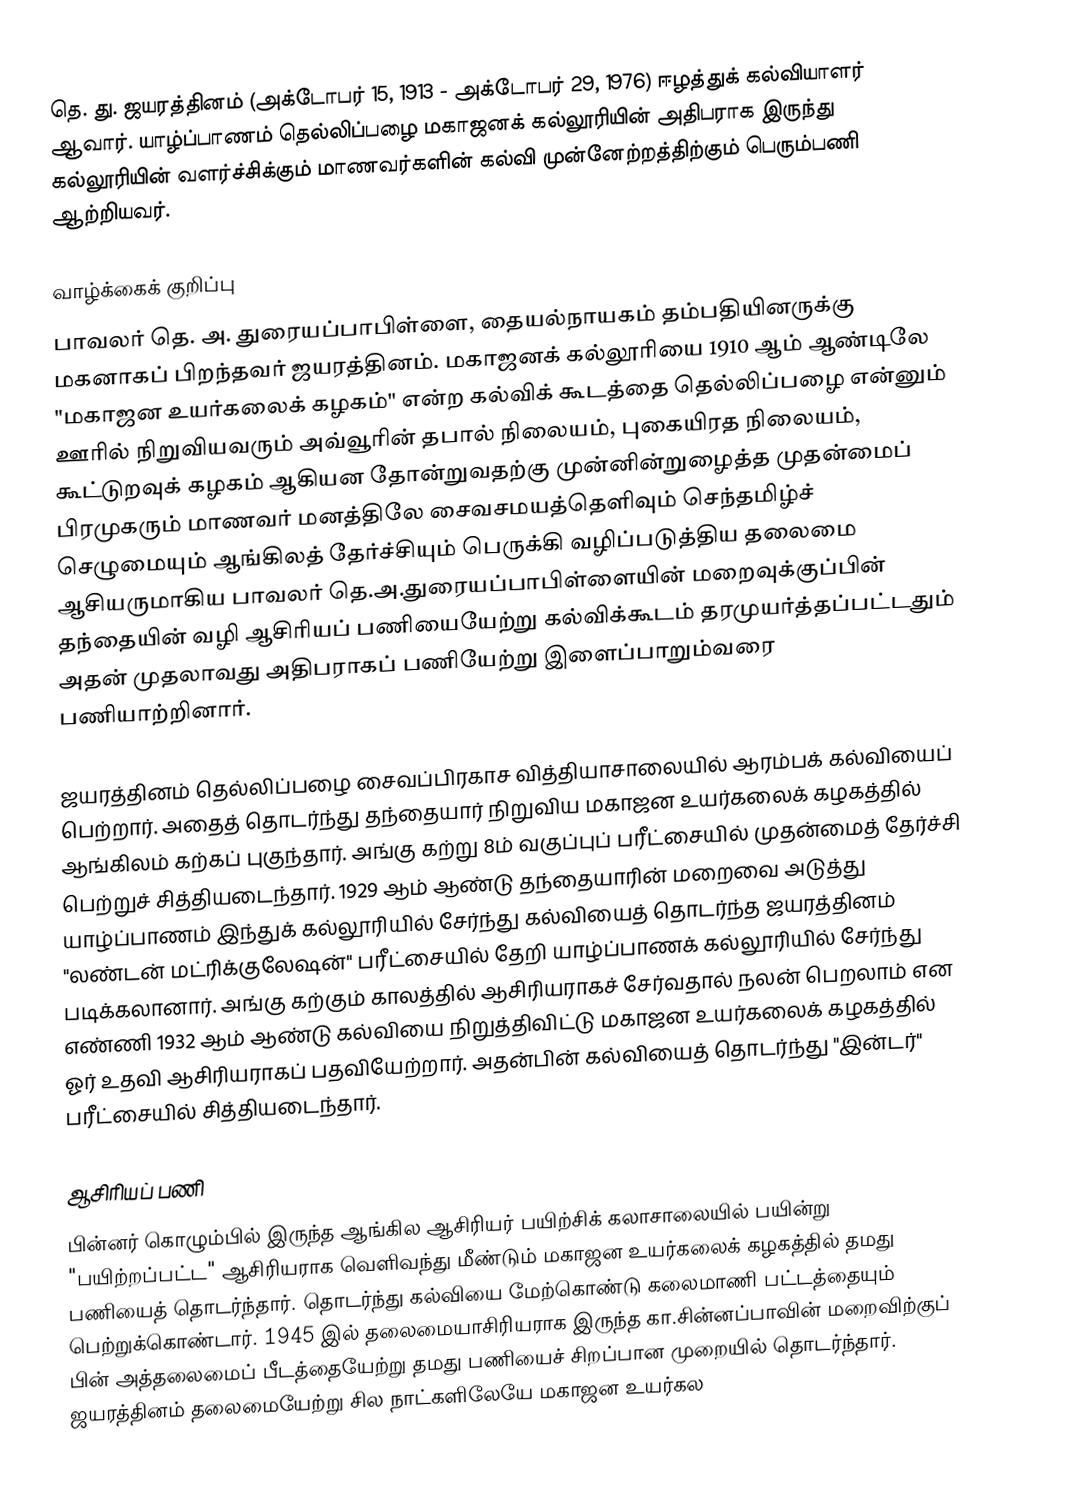
தெ. து. ஜயரத்தினம் (அக்டோபர் 15, 1913 - அக்டோபர் 29, 1976) ஈழத்துக் கல்வியாளர் ஆவார். யாழ்ப்பாணம் தெல்லிப்பழை மகாஜனக் கல்லூரியின் அதிபராக இருந்து கல்லூரியின் வளர்ச்சிக்கும் மாணவர்களின் கல்வி முன்னேற்றத்திற்கும் பெரும்பணி ஆற்றியவர்.

வாழ்க்கைக் குறிப்பு
பாவலர் தெ. அ. துரையப்பாபிள்ளை, தையல்நாயகம் தம்பதியினருக்கு மகனாகப் பிறந்தவர் ஜயரத்தினம். மகாஜனக் கல்லூரியை 1910 ஆம் ஆண்டிலே "மகாஜன உயர்கலைக் கழகம்" என்ற கல்விக் கூடத்தை தெல்லிப்பழை என்னும் ஊரில் நிறுவியவரும் அவ்வூரின் தபால் நிலையம், புகையிரத நிலையம், கூட்டுறவுக் கழகம் ஆகியன தோன்றுவதற்கு முன்னின்றுழைத்த முதன்மைப் பிரமுகரும் மாணவர் மனத்திலே சைவசமயத்தெளிவும் செந்தமிழ்ச் செழுமையும் ஆங்கிலத் தேர்ச்சியும் பெருக்கி வழிப்படுத்திய தலைமை ஆசியருமாகிய பாவலர் தெ.அ.துரையப்பாபிள்ளையின் மறைவுக்குப்பின் தந்தையின் வழி ஆசிரியப் பணியையேற்று கல்விக்கூடம் தரமுயர்த்தப்பட்டதும் அதன் முதலாவது அதிபராகப் பணியேற்று இளைப்பாறும்வரை பணியாற்றினார்.

ஜயரத்தினம் தெல்லிப்பழை சைவப்பிரகாச வித்தியாசாலையில் ஆரம்பக் கல்வியைப் பெற்றார். அதைத் தொடர்ந்து தந்தையார் நிறுவிய மகாஜன உயர்கலைக் கழகத்தில் ஆங்கிலம் கற்கப் புகுந்தார். அங்கு கற்று 8ம் வகுப்புப் பரீட்சையில் முதன்மைத் தேர்ச்சி பெற்றுச் சித்தியடைந்தார். 1929 ஆம் ஆண்டு தந்தையாரின் மறைவை அடுத்து யாழ்ப்பாணம் இந்துக் கல்லூரியில் சேர்ந்து கல்வியைத் தொடர்ந்த ஜயரத்தினம் "லண்டன் மட்ரிக்குலேஷன்" பரீட்சையில் தேறி யாழ்ப்பாணக் கல்லூரியில் சேர்ந்து படிக்கலானார். அங்கு கற்கும் காலத்தில் ஆசிரியராகச் சேர்வதால் நலன் பெறலாம் என எண்ணி 1932 ஆம் ஆண்டு கல்வியை நிறுத்திவிட்டு மகாஜன உயர்கலைக் கழகத்தில் ஓர் உதவி ஆசிரியராகப் பதவியேற்றார். அதன்பின் கல்வியைத் தொடர்ந்து "இன்டர்" பரீட்சையில் சித்தியடைந்தார்.

ஆசிரியப் பணி
பின்னர் கொழும்பில் இருந்த ஆங்கில ஆசிரியர் பயிற்சிக் கலாசாலையில் பயின்று "பயிற்றப்பட்ட" ஆசிரியராக வெளிவந்து மீண்டும் மகாஜன உயர்கலைக் கழகத்தில் தமது பணியைத் தொடர்ந்தார். தொடர்ந்து கல்வியை மேற்கொண்டு கலைமாணி பட்டத்தையும் பெற்றுக்கொண்டார். 1945 இல் தலைமையாசிரியராக இருந்த கா.சின்னப்பாவின் மறைவிற்குப் பின் அத்தலைமைப் பீடத்தையேற்று தமது பணியைச் சிறப்பான முறையில் தொடர்ந்தார். ஜயரத்தினம் தலைமையேற்று சில நாட்களிலேயே மகாஜன உயர்கல